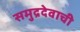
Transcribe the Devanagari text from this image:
समुद्रदेवाची